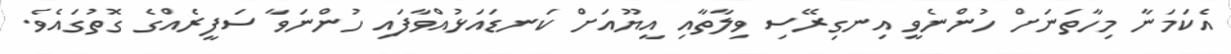
އެކަމަނާ މިހާތަނަށް ހުންނެވީ އިނގިރޭސި ވިލާތާއި އީޔޫއަށް ކަނޑައަޅުއްވާފައި ހުންނަވާ ސަފީރެއްގެ ގޮތުގައެވެ.